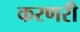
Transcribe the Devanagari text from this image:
करणरी